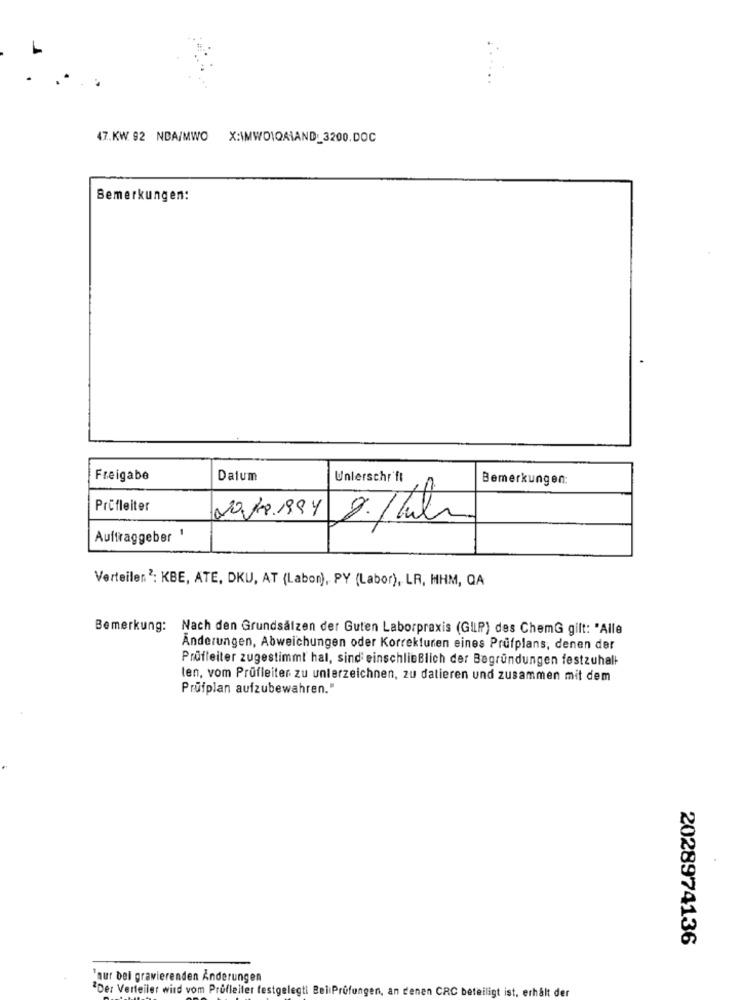
47.KW. 92 NDA/MWO X:\MWDIQAIAND_3200.DOC
Bemerkungen:
Freigabe
Datum
Unterschrift
Bemerkungen:
Prüfleiter
20.1.9.1994
Auftraggeber 1
2./blir
Verteilen2: KBE, ATE, DKU, AT (Labon), PY (Labor), LR, MHM, QA
Bemerkung: Nach den Grundsätzen der Guten Laborpraxis (GILP) des ChemG gilt: "Alle
Änderungen, Abweichungen oder Korrekturen eines Prüfplans, denen der
Prüfleiter zugestimmt hal, sind einschließlich der Begründungen festzuhalt
ten, vom Prüfleiter zu unterzeichnen, zu datieren und zusammen mit dem
Prüfplan aufzubewahren."
2028974136
`nur bei gravierenden Anderungen
"Der Verteiler wird vom Prüfleiter festgelegti BeliPrüfungen, an denen CRC beteiligt ist. erhalt der